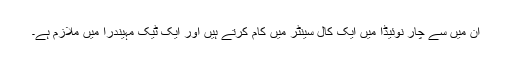
ان میں سے چار نوئیڈا میں ایک کال سینٹر میں کام کرتے ہیں اور ایک ٹیک مہیندرا میں ملازم ہے۔